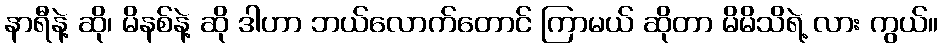
နာရီနဲ့ ဆို၊ မိနစ်နဲ့ ဆို ဒါဟာ ဘယ်လောက်တောင် ကြာမယ် ဆိုတာ မိမိသိရဲ့ လား ကွယ်။